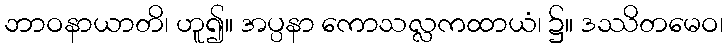
ဘာဝနာယာတိ၊ ဟူ၍။ အပ္ပနာ ကောသလ္လကထာယံ၊ ၌။ ဒဿိတမေဝ၊